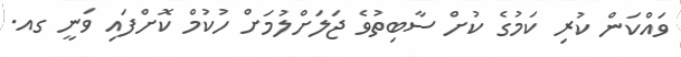
ވައްކަން ކުރި ކަމުގެ ކުށް ސާބިތުވެ ޖަލަށްލުމަށް ހުކުމް ކޮށްފައި ވަނީ ގއ.